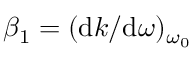
\beta _ { 1 } = ( \mathrm { d } k / \mathrm { d } \omega ) _ { \omega _ { 0 } }